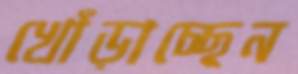
খোঁড়াচ্ছেন